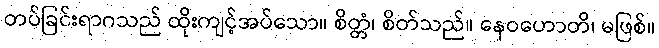
တပ်ခြင်းရာဂသည် ထိုးကျင့်အပ်သော။ စိတ္တံ၊ စိတ်သည်။ နေဝဟောတိ၊ မဖြစ်။